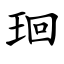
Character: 㻁